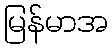
မြန်မာအ